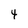
Character: 4